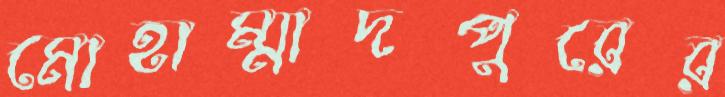
মোহাম্মাদপুরের